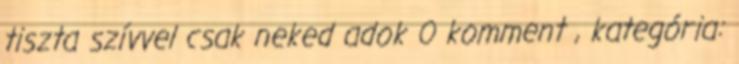
tiszta szívvel csak neked adok 0 komment , kategória: